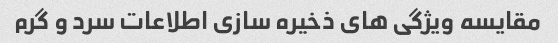
مقایسه ویژگی های ذخیره سازی اطلاعات سرد و گرم